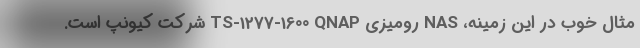
مثال خوب در این زمینه، NAS رومیزی TS-1277-1600 QNAP شرکت کیونپ است.